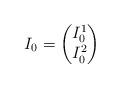
LaTeX: \begin{align*}I_{0}=\begin{pmatrix}I_{0}^{1}\\I_{0}^{2}\end{pmatrix}\end{align*}